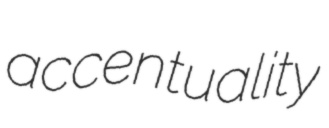
accentuality